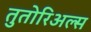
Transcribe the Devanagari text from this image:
तुतोरिअल्स